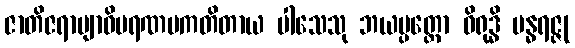
ဇာတိဇရာဗျာဓိမရဏပကတိတာယ ပါသေသု ဘယပ္ပတ္တော ဝိရုဒ္ဓိ ဗန္ဓရဇ္ဇု